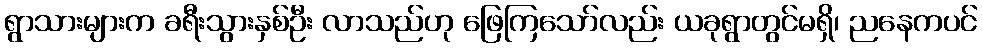
ရွာသားများက ခရီးသွားနှစ်ဦး လာသည်ဟု ဖြေကြသော်လည်း ယခုရွာတွင်မရှိ၊ ညနေကပင်